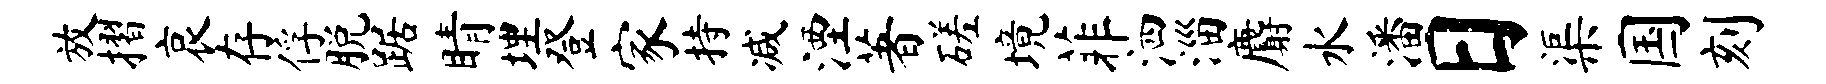
放摺哀存俘脱踞睛埋登家持减湮著磋境菲泗淄麝水潘日渠国刻